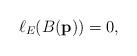
LaTeX: \begin{align*} \ell _{E}(B(\mathbf{p}))=0,\end{align*}